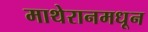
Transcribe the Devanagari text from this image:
माथेरानमधून